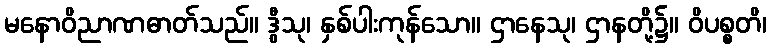
မနောဝိညာဏဓာတ်သည်။ ဒွီသု၊ နှစ်ပါးကုန်သော။ ဌာနေသု၊ ဌာနတို့၌။ ဝိပစ္စတိ၊